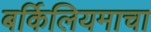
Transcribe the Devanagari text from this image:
बर्किलियमाचा